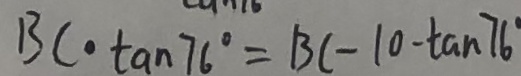
B C \cdot \tan 7 6 ^ { \circ } = B C - 1 0 - \tan 7 6 ^ { \circ }